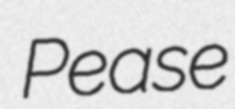
Pease